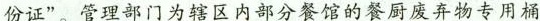
份证”。管理部门为辖区内部分餐馆的餐厨废弃物专用桶